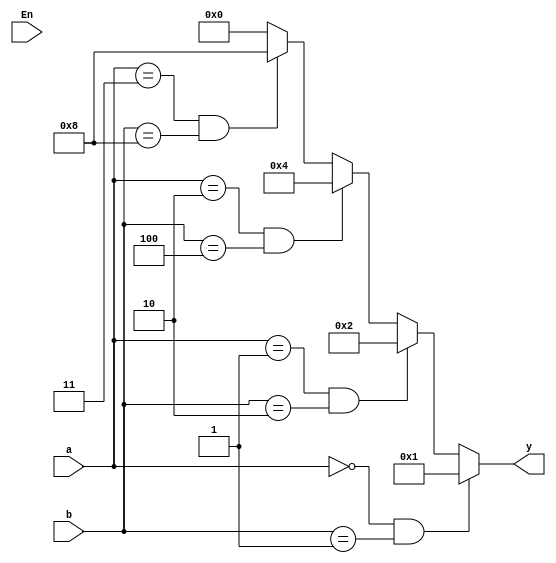
`timescale 1ns / 1ps
//////////////////////////////////////////////////////////////////////////////////
// Company: 
// Engineer: 
// 
// Design Name: 
// Module Name: decoder
// Project Name: 
// Target Devices: 
// Tool Versions: 
// Description: 
// 
// Dependencies: 
// 
// Revision:
// Revision 0.01 - File Created
// Additional Comments:
// 
//////////////////////////////////////////////////////////////////////////////////


module decoder(
    input [1:0] a,
    input [3:0] b,
    input En,
    output reg[3:0] y
    );
    
    always@(a,b,En)
    begin
     
        if(a == 2'b00 & b == 4'b0001)
            y=4'b0001;
        else if(a==2'b01 & b==4'b0010)
            y=4'b0010;
        else if(a==2'b10 & b==4'b0100)
            y=4'b0100;
        else if(a==2'b11 & b==4'b1000)
            y=4'b1000;
        else
            y=4'b0000;
       // else y=4'b1111;
           
    end
   
endmodule